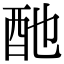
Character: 酏